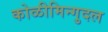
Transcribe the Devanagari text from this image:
कोळीमिन्गुदल